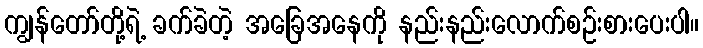
ကျွန်တော်တို့ရဲ့ ခက်ခဲတဲ့ အခြေအနေကို နည်းနည်းလောက်စဉ်းစားပေးပါ။